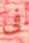
فى